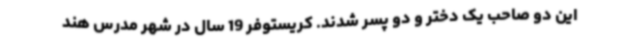
این دو صاحب یک دختر و دو پسر شدند. کریستوفر 19 سال در شهر مدرس هند